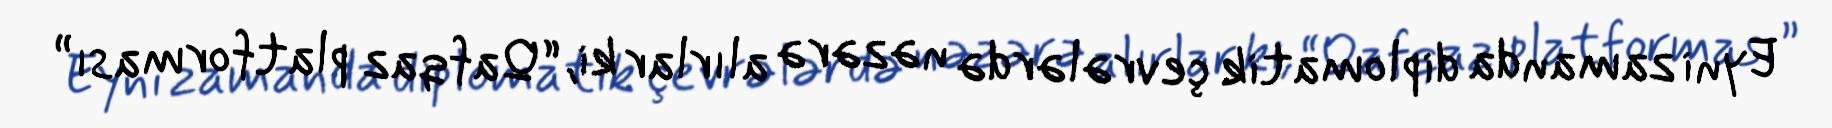
Eyni zamanda diplomatik çevrələrdə nəzərə alırlar ki, “Qafqaz platforması”